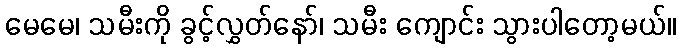
မေမေ၊ သမီးကို ခွင့်လွှတ်နော်၊ သမီး ကျောင်း သွားပါတော့မယ်။